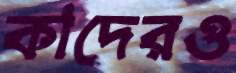
কাদেরও